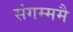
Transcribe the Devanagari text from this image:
संगम्ममै